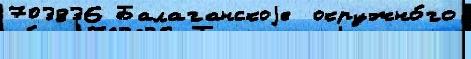
703836 Балаганскоjе  окружно́го